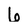
Character: 6